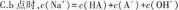
C.b点时，c(Na')=e(HA)+c(A)+c(OH)